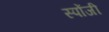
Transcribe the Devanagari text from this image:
स्पोंजी